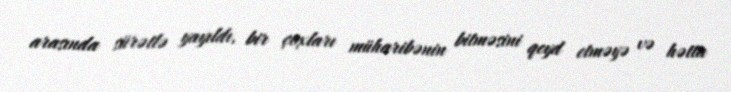
arasında sürətlə yayıldı, bir çoxları müharibənin bitməsini qeyd etməyə və hətta